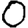
Digit: 0